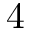
4